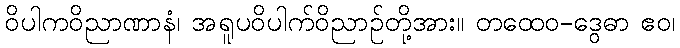
ဝိပါကဝိညာဏာနံ၊ အရူပဝိပါက်ဝိညာဉ်တို့အား။ တထေဝ-ဒွေဓာ ဧဝ၊